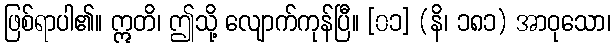
ဖြစ်ရာပါ၏။ ဣတိ၊ ဤသို့ လျောက်ကုန်ပြီ။ [၀၁] (နိ၊ ၁၈၁) အာဝုသော၊